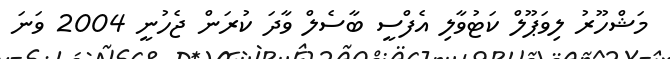
މަޝްހޫރު ލިވަޕޫލް ކަޓުވާލި އެފްސީ ބާސެލް ވާދަ ކުރަން ޖެހުނީ 2004 ވަނަ